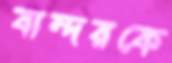
বান্দরকে